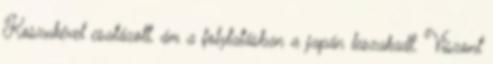
Koszukével csatázott, ám a folytatásban a japán leszakadt. Viszont